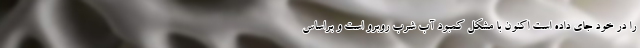
را در خود جای داده است اکنون با مشکل کمبود آب شرب روبرو است و براساس